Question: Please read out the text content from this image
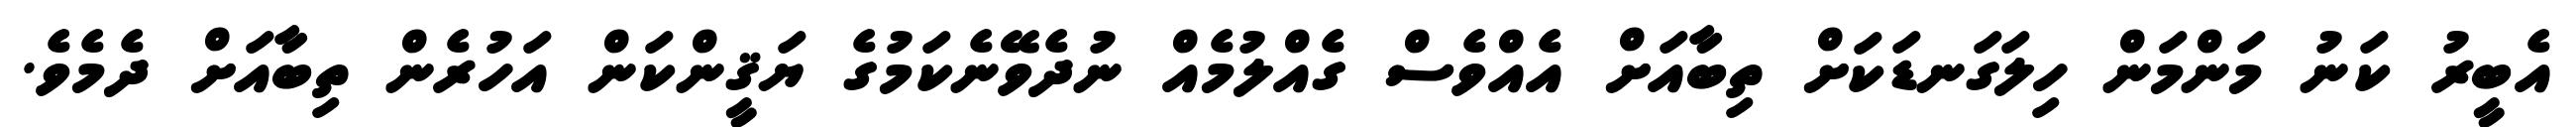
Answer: އެބީރު ކަނު މަންމަން ހިލަގަނޑަކަށް ތިބާއަށް އެއްވެސް ގެއްލުމެއް ނުދެވޭނެކަމުގެ ޔަޤީންކަން އަހުރެން ތިބާއަށް ދެމެވެ.